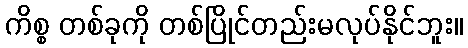
ကိစ္စ တစ်ခုကို တစ်ပြိုင်တည်းမလုပ်နိုင်ဘူး။